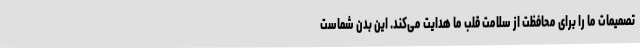
تصمیمات ما را برای محافظت از سلامت قلب ما هدایت می‌کند. این بدن شماست